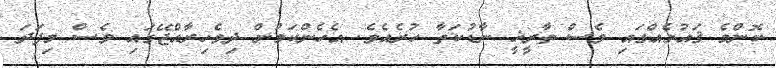
ކޮންމެ ޤައުމެއްގައި ވެސް ތާރީޚީ ނާޑުކަތާ ހުރެއެވެ. އެހެންކަމުން ދިވެހިރާއްޖޭގައި ވެސް މިފަދަ